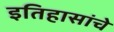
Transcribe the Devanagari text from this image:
इतिहासांचे